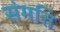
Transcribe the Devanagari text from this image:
संमत्ति